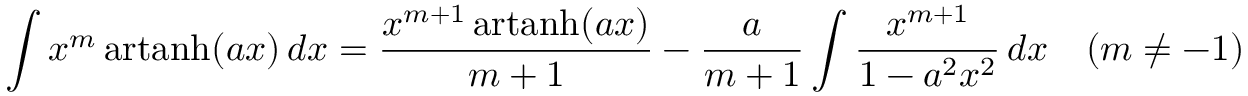
\int x ^ { m } \operatorname { a r t a n h } ( a x ) \, d x = { \frac { x ^ { m + 1 } \operatorname { a r t a n h } ( a x ) } { m + 1 } } - { \frac { a } { m + 1 } } \int { \frac { x ^ { m + 1 } } { 1 - a ^ { 2 } x ^ { 2 } } } \, d x \quad ( m \neq - 1 )